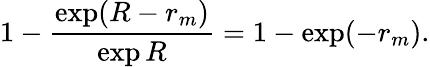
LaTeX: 1-\frac{\exp(R-r_{m})}{\exp R}=1-\exp(-r_{m}).